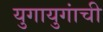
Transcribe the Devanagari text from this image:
युगायुगांची